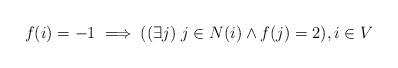
LaTeX: \begin{align*}f(i)=-1 \implies ((\exists j)\;j \in N(i) \land f(j)=2), i \in V\end{align*}